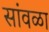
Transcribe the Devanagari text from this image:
सांवळा